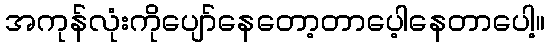
အကုန်လုံးကိုပျော်နေတော့တာပေ့ါနေတာပေါ့။